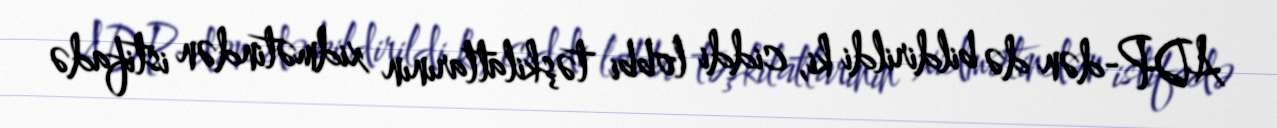
ADP-dən də bildirildi ki, ciddi lobbi təşkilatlarının xidmətindən istifadə